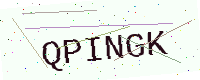
Text: QPINGK